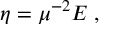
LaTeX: \eta = \mu ^ { - 2 } E \; ,